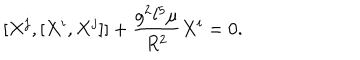
[ X ^ { j } , [ X ^ { i } , X ^ { j } ] ] + \frac { g ^ { 2 } l ^ { 5 } \mu } { R ^ { 2 } } X ^ { i } = 0 .